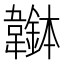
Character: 𩏭